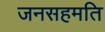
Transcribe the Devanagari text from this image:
जनसहमति